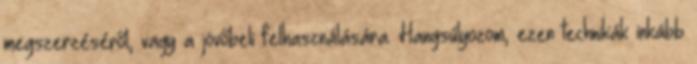
megszerzéséről, vagy a jövőbeli felhasználására. Hangsúlyozom, ezen technikák inkább